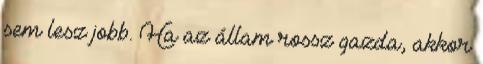
sem lesz jobb. Ha az állam rossz gazda, akkor